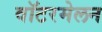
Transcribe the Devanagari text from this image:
वॉटरमेलन